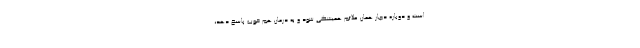
است و دوباره دچار همان علائم همیشگی شود و به درمان هم خوب پاسخ دهد،